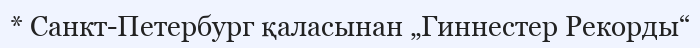
* Санкт-Петербург қаласынан „Гиннестер Рекорды“